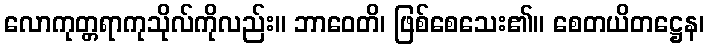
လောကုတ္တရာကုသိုလ်ကိုလည်း။ ဘာဝေတိ၊ ဖြစ်စေသေး၏။ စေတယိတဋ္ဌေန၊